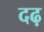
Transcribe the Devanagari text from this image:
दढ़